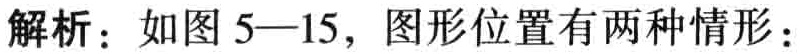
解析：如图 5—15，图形位置有两种情形：